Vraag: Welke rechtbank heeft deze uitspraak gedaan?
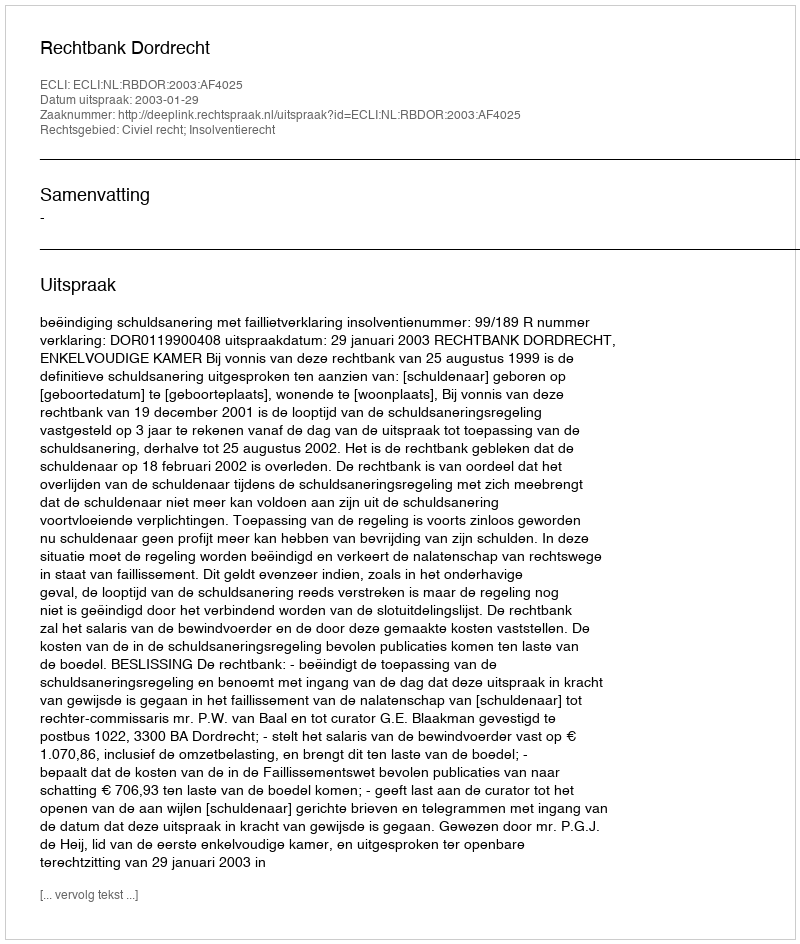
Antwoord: Rechtbank Dordrecht